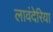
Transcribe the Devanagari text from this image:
लावंदेरिया